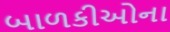
બાળકીઓના